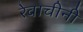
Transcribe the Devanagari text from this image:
रेवाचीनी